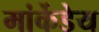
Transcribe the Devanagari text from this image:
मांर्केडेय